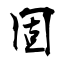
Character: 固